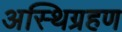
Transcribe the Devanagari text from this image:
अस्थिग्रहण